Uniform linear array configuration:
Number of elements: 64
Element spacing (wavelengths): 0.75
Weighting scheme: blackman
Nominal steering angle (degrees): -30
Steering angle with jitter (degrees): -28.219
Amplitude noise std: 0.05
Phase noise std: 0.05

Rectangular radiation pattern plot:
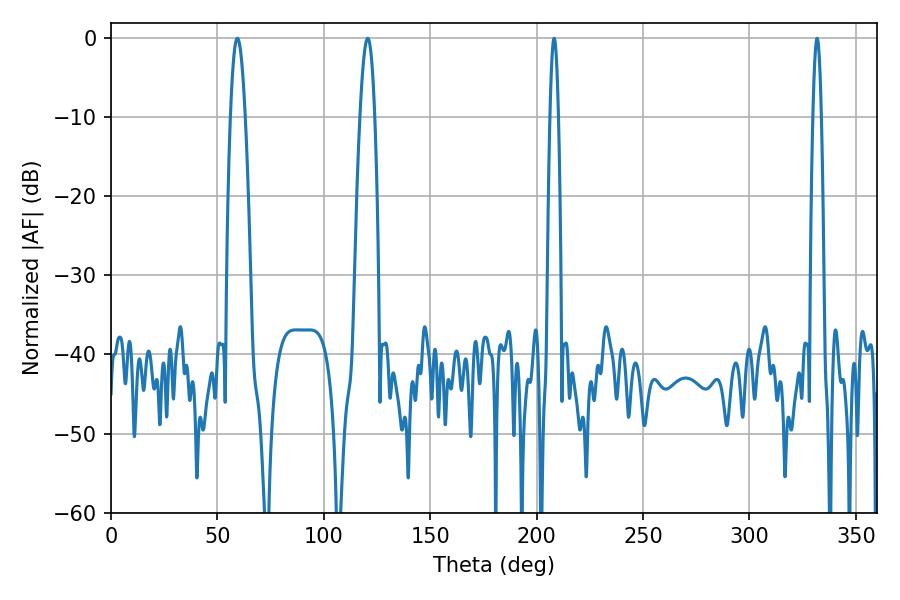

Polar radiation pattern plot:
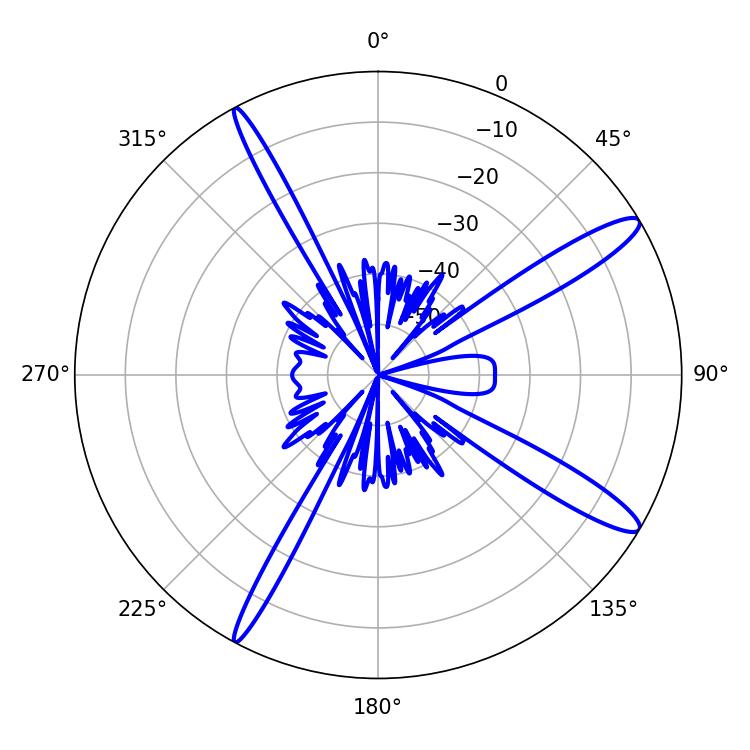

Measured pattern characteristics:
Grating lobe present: TRUE
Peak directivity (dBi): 13.7
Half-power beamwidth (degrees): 3.78
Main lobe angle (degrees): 59.4